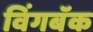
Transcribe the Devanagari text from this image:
विंगबॅक